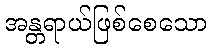
အန္တရာယ်ဖြစ်စေသော